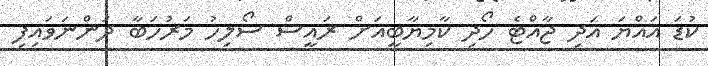
ކުޑަ އައްޔަ އަދި ޖާއްޓެ ހޯދި ކާމިޔާބީއަށް ރައީސް ސޯލިހު މަރުހަބާ ދަންނަވައިފި